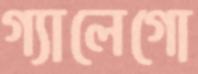
গ্যালেগো